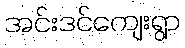
အင်းဒင်ကျေးရွာ